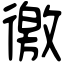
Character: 徼